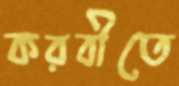
করবীতে